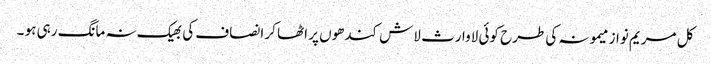
کل مریم نواز میمونہ کی طرح کوئی لاوارث لاش کندھوں پر اٹھا کر انصاف کی بھیک نہ مانگ رہی ہو ۔